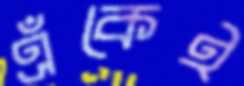
এঁকেই